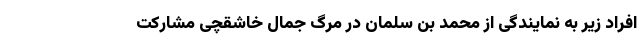
افراد زیر به نمایندگی از محمد بن سلمان در مرگ جمال خاشقچی مشارکت